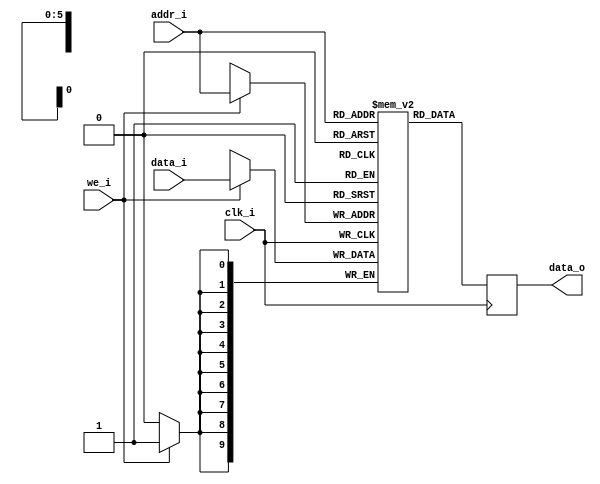
// OpenRAM SRAM model
// Words: 64
// Word size: 128

module L1_data_tgv#(
  parameter DATA_WIDTH = 10, // tag size (9 bits) + valid bit (1 bit)
  parameter ADDR_WIDTH = 6, // idx size (6 bits), log2(64) = 6 (64 = block no)
  parameter RAM_DEPTH = 1 << ADDR_WIDTH // 2^6 = 64 (depth)
  )
  (
  input  clk_i, // clock input
  input  we_i, // write enable input
  input  [ADDR_WIDTH-1:0] addr_i, // address input
  input  [DATA_WIDTH-1:0] data_i, // data input
  output reg [DATA_WIDTH-1:0] data_o // data output
  );
  // Core Memory
  (* ram_style = "block" *) reg [DATA_WIDTH-1:0] mem [0:RAM_DEPTH-1]; // memory delete attribute for ASIC design
  // Port-1 Operation Read First
  always @ (posedge clk_i) begin : MEM_WRITE
    if (we_i) begin
      mem[addr_i][DATA_WIDTH-1:0] <= data_i[DATA_WIDTH-1:0];
    end
    data_o <= mem[addr_i];
  end

  endmodule